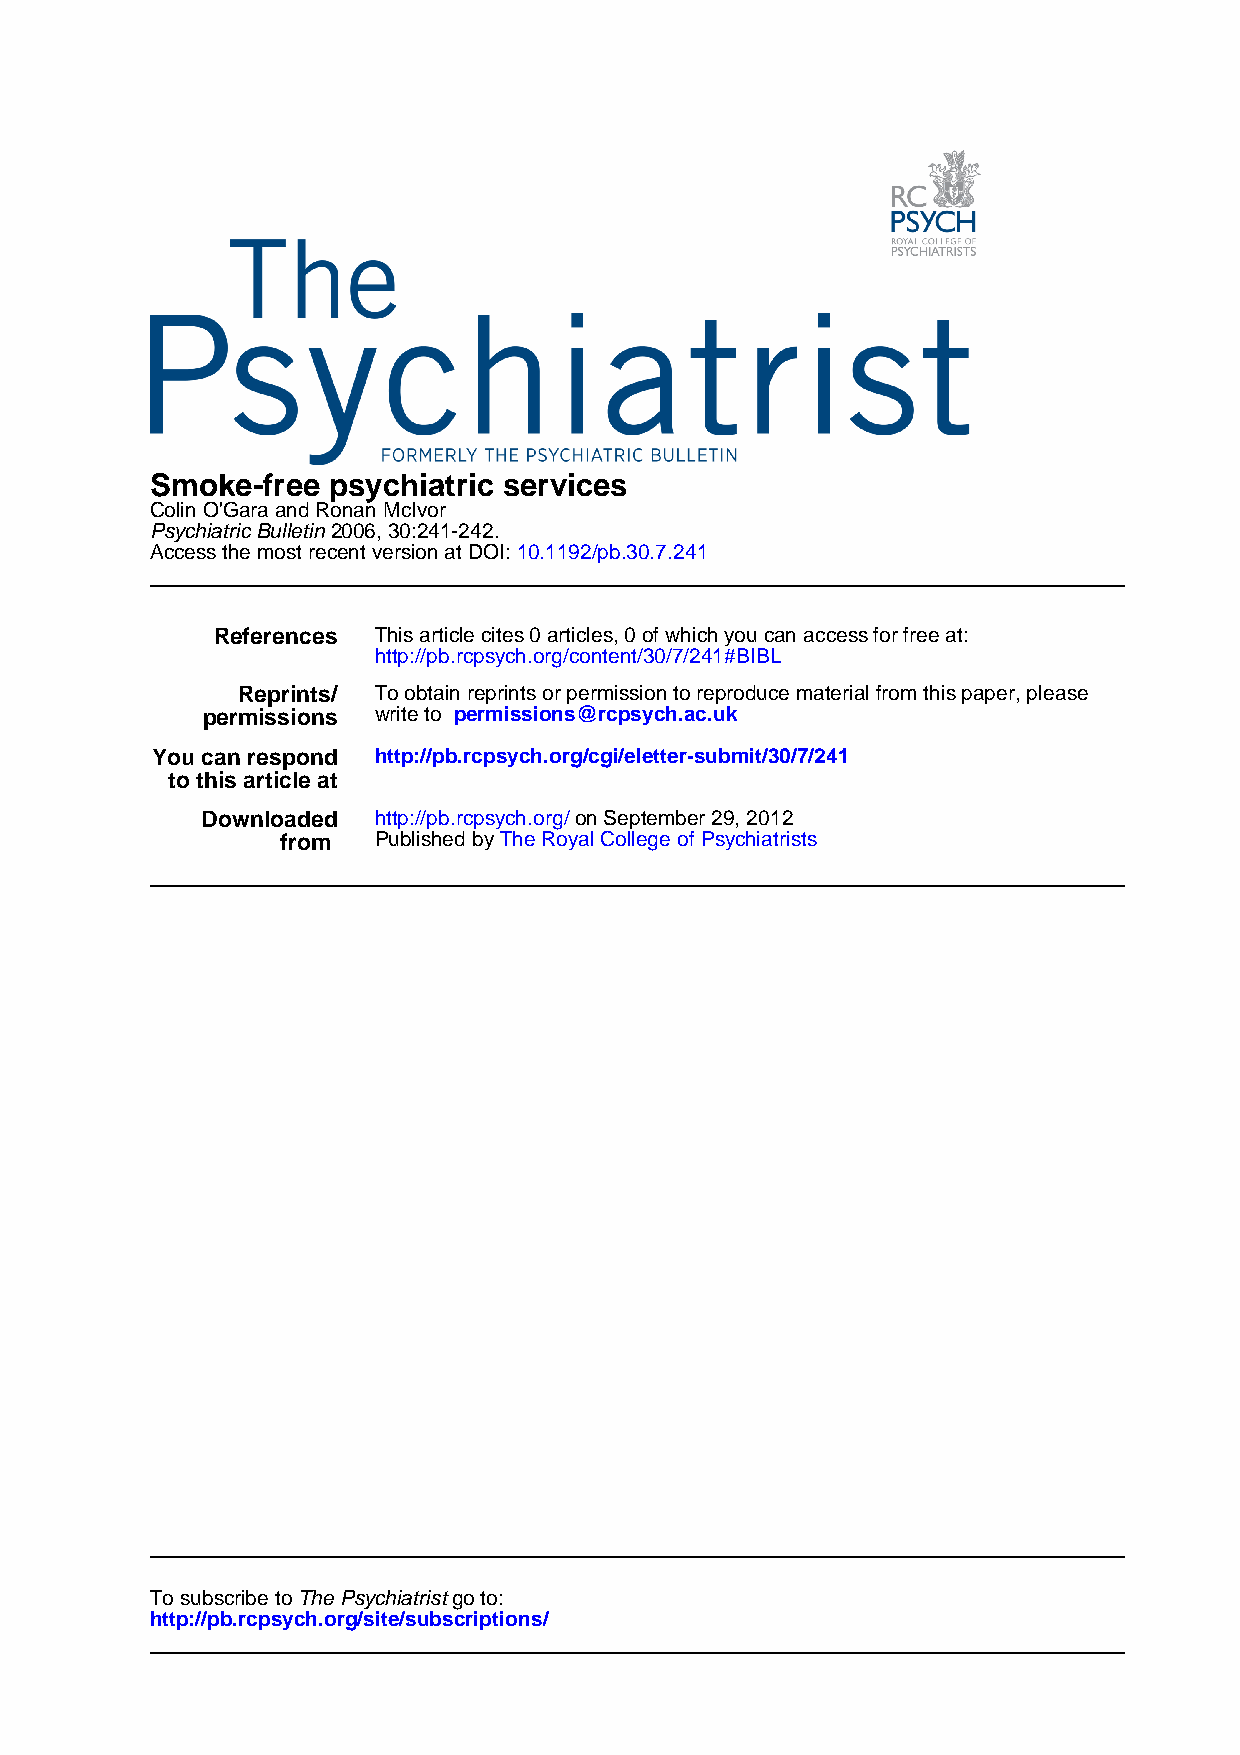
Smoke-free  psychiatric services
 Colin O'Gara and Ronan McIvor
 Psychiatric Bulletin 2006, 30:241-242.
 Access the most recent version at DOI: 10.1192/pb.30.7.241
 References This article cites 0 articles, 0 of which you can access for free at:
 http://pb.rcpsych.org/content/30/7/241#BIBL
 Reprints/ To obtain reprints or permission to reproduce material from this paper, please
 permissions write to permissions@rcpsych.ac.uk
 You can respond http://pb.rcpsych.org/cgi/eletter-submit/30/7/241
 to this article at
 Downloaded  http://pb.rcpsych.org/ on September 29, 2012
 from  Published by The Royal College of Psychiatrists
 To subscribe to The Psychiatrist go to:
 http://pb.rcpsych.org/site/subscriptions/